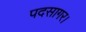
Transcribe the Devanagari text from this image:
पदसागर।